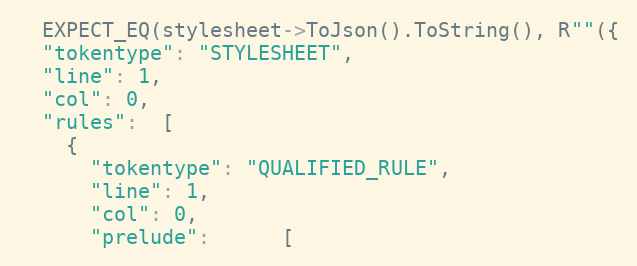
Language: C++
  EXPECT_EQ(stylesheet->ToJson().ToString(), R""({
  "tokentype": "STYLESHEET",
  "line": 1,
  "col": 0,
  "rules":  [
    {
      "tokentype": "QUALIFIED_RULE",
      "line": 1,
      "col": 0,
      "prelude":      [